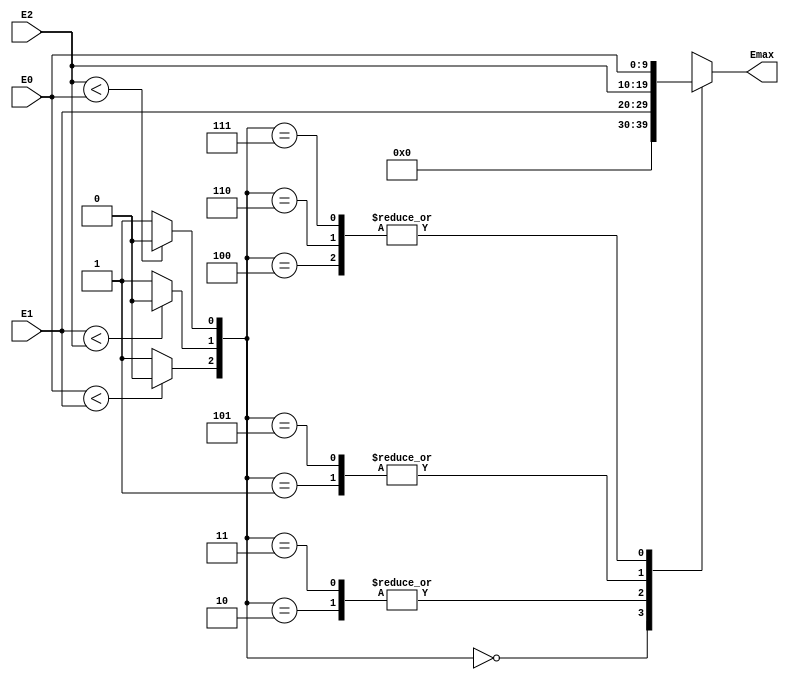
`timescale 1ns / 1ps

module three_input_ec(E0,E1,E2,Emax);
    input signed [9:0] E0,E1,E2;
    output reg signed [9:0] Emax;
    reg compare_01,compare_12,compare_20;
    
    always@(*)
    begin
        if(E0<E1)
            compare_01=0;
        else
            compare_01=1;
        if(E1<E2)
            compare_12=0;
        else
            compare_12=1;
        if(E2<E0)
            compare_20=0;
        else
            compare_20=1;    
    end
     
    always@(*)
    begin
       case( {compare_01,compare_12,compare_20} )
           3'b000: Emax=0; 
           3'b001: Emax=E2;
           3'b010: Emax=E1;
           3'b011: Emax=E1;
           3'b100: Emax=E0;
           3'b101: Emax=E2;
           3'b110: Emax=E0;
           3'b111: Emax=E0;
       endcase
    end
endmodule




module four_input_ec(E0,E1,E2,E3,Emax);
    
    input [9:0]E0,E1,E2,E3;
    output reg [9:0]Emax;
    reg compare_01,compare_12,compare_23,compare_30,compare_02,compare_13;
    
    always@(*)
    begin
        if(E0<E1)
            compare_01=0;
        else
            compare_01=1;
        if(E1<E2)
            compare_12=0;
        else
            compare_12=1;
        if(E2<E3)
            compare_23=0;
        else
            compare_23=1;
        if(E3<E0)
            compare_30=0;
        else
            compare_30=1;
        if(E0<E2)
            compare_02=0;
        else
            compare_02=1;
        if(E1<E3)
            compare_13=0;
        else
            compare_13=1;                
    end
    
    always@(*)
    begin
       case( {compare_01,compare_12,compare_23,compare_30} )
           4'b0000: Emax=0; 
           4'b0001: Emax=E3;
           4'b0010: Emax=E2;
           4'b0011: Emax=E2;
           4'b0100: Emax=E1;
           4'b0101:begin if(compare_13==0) Emax=E3; else Emax=E1; end
           4'b0110: Emax=E1;
           4'b0111: Emax=E1;
           4'b1000: Emax=E0; 
           4'b1001: Emax=E3;
           4'b1010: begin if(compare_02==0) Emax=E2; else Emax=E0; end
           4'b1011: Emax=E2;
           4'b1100: Emax=E0;
           4'b1101: Emax=E3;
           4'b1110: Emax=E0;
           4'b1111: Emax=E0;
        endcase
    end
endmodule




module CEC(exp_A_0,exp_A_1,exp_A_2,exp_A_3,exp_A_4,exp_A_5,exp_A_6,exp_A_7,exp_A_8,exp_A_9,exp_B_0,exp_B_1,exp_B_2,exp_B_3,exp_B_4,exp_B_5,exp_B_6,exp_B_7,exp_B_8,exp_B_9, mode,
    max_exp,diff_0, diff_1, diff_2,diff_3,diff_4,diff_5,diff_6,diff_7,diff_8,diff_9,exp_A,exp_B,exp);
    
    input [9:0]exp_A_0,exp_A_1,exp_A_2,exp_A_3,exp_A_4,exp_A_5,exp_A_6,exp_A_7,exp_A_8,exp_A_9;
    input [9:0]exp_B_0,exp_B_1,exp_B_2,exp_B_3,exp_B_4,exp_B_5,exp_B_6,exp_B_7,exp_B_8,exp_B_9;
    input [10:0]exp_A,exp_B;
    input [2:0]mode;
    output [9:0]max_exp;
    output [9:0]diff_0, diff_1, diff_2,diff_3,diff_4,diff_5,diff_6,diff_7,diff_8,diff_9;
    output [10:0]exp;
    
    assign exp=exp_A+exp_B-1023; 
    
    reg [9:0]E_0,E_1,E_2,E_3,E_4,E_5,E_6,E_7,E_8,E_9;
    wire [9:0]E0_max,E1_max,E2_max;   
        
    always@(*)
    begin
        if(mode == 3'b000)
        begin
            E_0= exp_A_0 + exp_B_0-15; 
            E_1= exp_A_1 + exp_B_1-15;
            E_2= exp_A_2 + exp_B_2-15;
            E_3= exp_A_3 + exp_B_3-15;
            E_4= exp_A_4 + exp_B_4-15;
            E_5= exp_A_5 + exp_B_5-15;
            E_6= exp_A_6 + exp_B_6-15;
            E_7= exp_A_7 + exp_B_7-15;
            E_8= exp_A_8 + exp_B_8-15;
            E_9= exp_A_9 + exp_B_9-15;    
        end
        else if(mode == 3'b011 || mode == 3'b100)
        begin
            E_0= exp_A_0 + exp_B_0-127; 
            E_1= exp_A_1 + exp_B_1-127;
            E_2= exp_A_2 + exp_B_2-127;
            E_3= exp_A_3 + exp_B_3-127;
            E_4= exp_A_4 + exp_B_4-127;
            E_5= exp_A_5 + exp_B_5-127;
            E_6= exp_A_6 + exp_B_6-127;
            E_7= exp_A_7 + exp_B_7-127;
            E_8= exp_A_8 + exp_B_8-127;
            E_9= exp_A_9 + exp_B_9-127;    
        end
        else if(mode == 3'b100)
        begin
            E_0= exp_A_0 + exp_B_0-127; 
            E_1= exp_A_1 + exp_B_1-127;
            E_2= exp_A_2 + exp_B_2-127;
            E_3= exp_A_3 + exp_B_3-127;
            E_4= exp_A_4 + exp_B_4-127;
            E_5= exp_A_5 + exp_B_5-127;
            E_6= exp_A_6 + exp_B_6-127;
            E_7= exp_A_7 + exp_B_7-127;
            E_8= 0;
            E_9= 0;    
        end
        else
        begin
            E_0= exp_A_0 + exp_B_0-127;
            E_1= exp_A_1 + exp_B_1-127;
            E_2= exp_A_2 + exp_B_2-127;
            E_3= exp_A_3 + exp_B_3-127;
            E_4= exp_A_4 + exp_B_4-127;
            E_5= 0;
            E_6= 0;
            E_7= 0;
            E_8= 0;
            E_9= 0;
        end
    end
    
    three_input_ec ec0(E_0,E_1,E_2,E0_max);
    three_input_ec ec1(E_3,E_4,E_5,E1_max);
    four_input_ec ec2(E_6,E_7,E_8,E_9,E2_max);
    three_input_ec ec3(E0_max,E1_max,E2_max,max_exp);
    
    assign diff_0=max_exp-E_0;
    assign diff_1=max_exp-E_1;
    assign diff_2=max_exp-E_2;
    assign diff_3=max_exp-E_3;
    assign diff_4=max_exp-E_4;
    assign diff_5=max_exp-E_5;
    assign diff_6=max_exp-E_6;
    assign diff_7=max_exp-E_7;
    assign diff_8=max_exp-E_8;
    assign diff_9=max_exp-E_9; 
          
endmodule